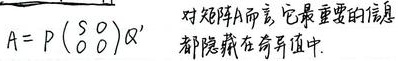
\(A = P\begin{pmatrix}S & 0 \\ 0 & 0\end{pmatrix}Q^{\mathrm{T}}\)。对矩阵\(A\)而言，它最重要的信息都隐藏在奇异值中。